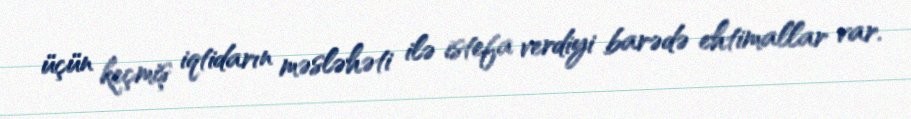
üçün keçmiş iqtidarın məsləhəti ilə istefa verdiyi barədə ehtimallar var.